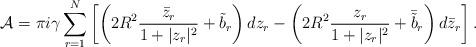
LaTeX: \begin{align*}{\cal A} = \pi i \gamma \sum_{r=1}^{N} \left[\left( 2 R^{2}\frac{\bar{z}_{r}}{1+|z_{r}|^{2}}+\tilde{b}_{r}\right)dz_{r}-\left(2 R^{2}\frac{{z}_{r}}{1+|z_{r}|^{2}}+\bar{\tilde{b}}_{r}\right)d\bar{z}_{r}\right].\end{align*}